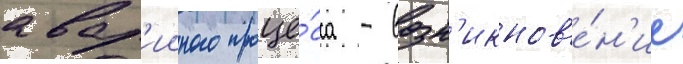
авар'ииного проце́сса - возн'икнов'е́н'ие